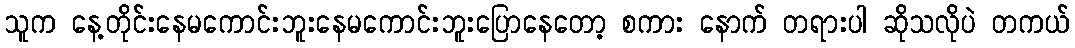
သူက နေ့တိုင်းနေမကောင်းဘူးနေမကောင်းဘူးပြောနေတော့ စကား နောက် တရားပါ ဆိုသလိုပဲ တကယ်